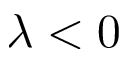
\lambda < 0